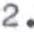
2.